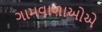
ગામવાળાઓએ